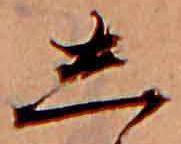
し